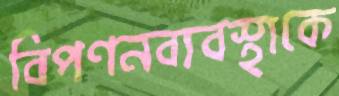
বিপণনব্যবস্থাকে